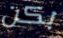
بكن